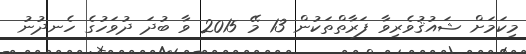
މިކަމަށް ޝައުޤުވެރިވާ ފަރާތްތަކުން 13 މޭ 2015 ވާ ބުދަ ދުވަހުގެ ހެނދުނު